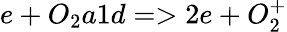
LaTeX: e+O_{2}a1d=>2e+O_{2}^{+}